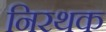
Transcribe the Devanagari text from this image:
निरथक